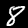
Label: 8